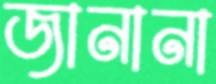
জানানা